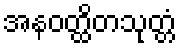
အနဝတ္ထိတသုတ္တံ